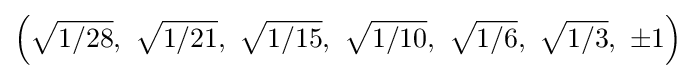
\left({\sqrt {1/28}},\ {\sqrt {1/21}},\ {\sqrt {1/15}},\ {\sqrt {1/10}},\ {\sqrt {1/6}},\ {\sqrt {1/3}},\ \pm 1\right)